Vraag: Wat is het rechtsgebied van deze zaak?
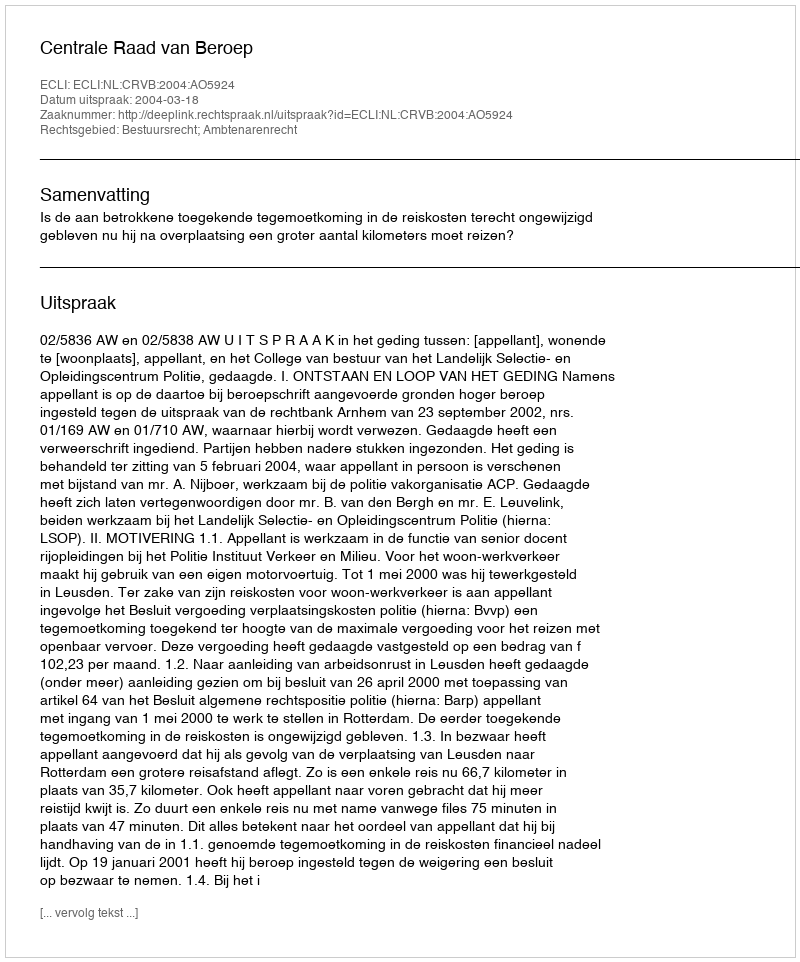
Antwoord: Bestuursrecht; Ambtenarenrecht